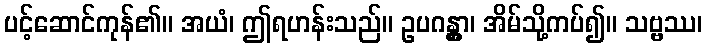
ပင့်ဆောင်ကုန်၏။ အယံ၊ ဤရဟန်းသည်။ ဥပဂန္တွာ၊ အိမ်သို့ကပ်၍။ သဗ္ဗဿ၊